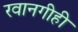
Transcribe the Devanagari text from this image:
रवानगीही